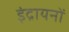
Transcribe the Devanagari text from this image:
इंद्रायनों